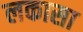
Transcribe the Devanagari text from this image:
लकासा